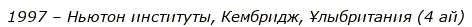
1997 – Ньютон институты, Кембридж, Ұлыбритания (4 ай)